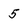
Character: 5